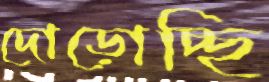
দোড়োচ্ছি